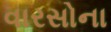
વારસોના